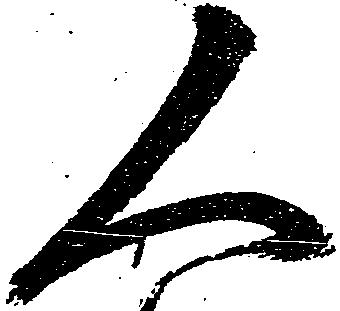
人